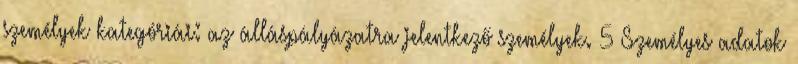
személyek kategóriái: az álláspályázatra jelentkező személyek. 5 Személyes adatok